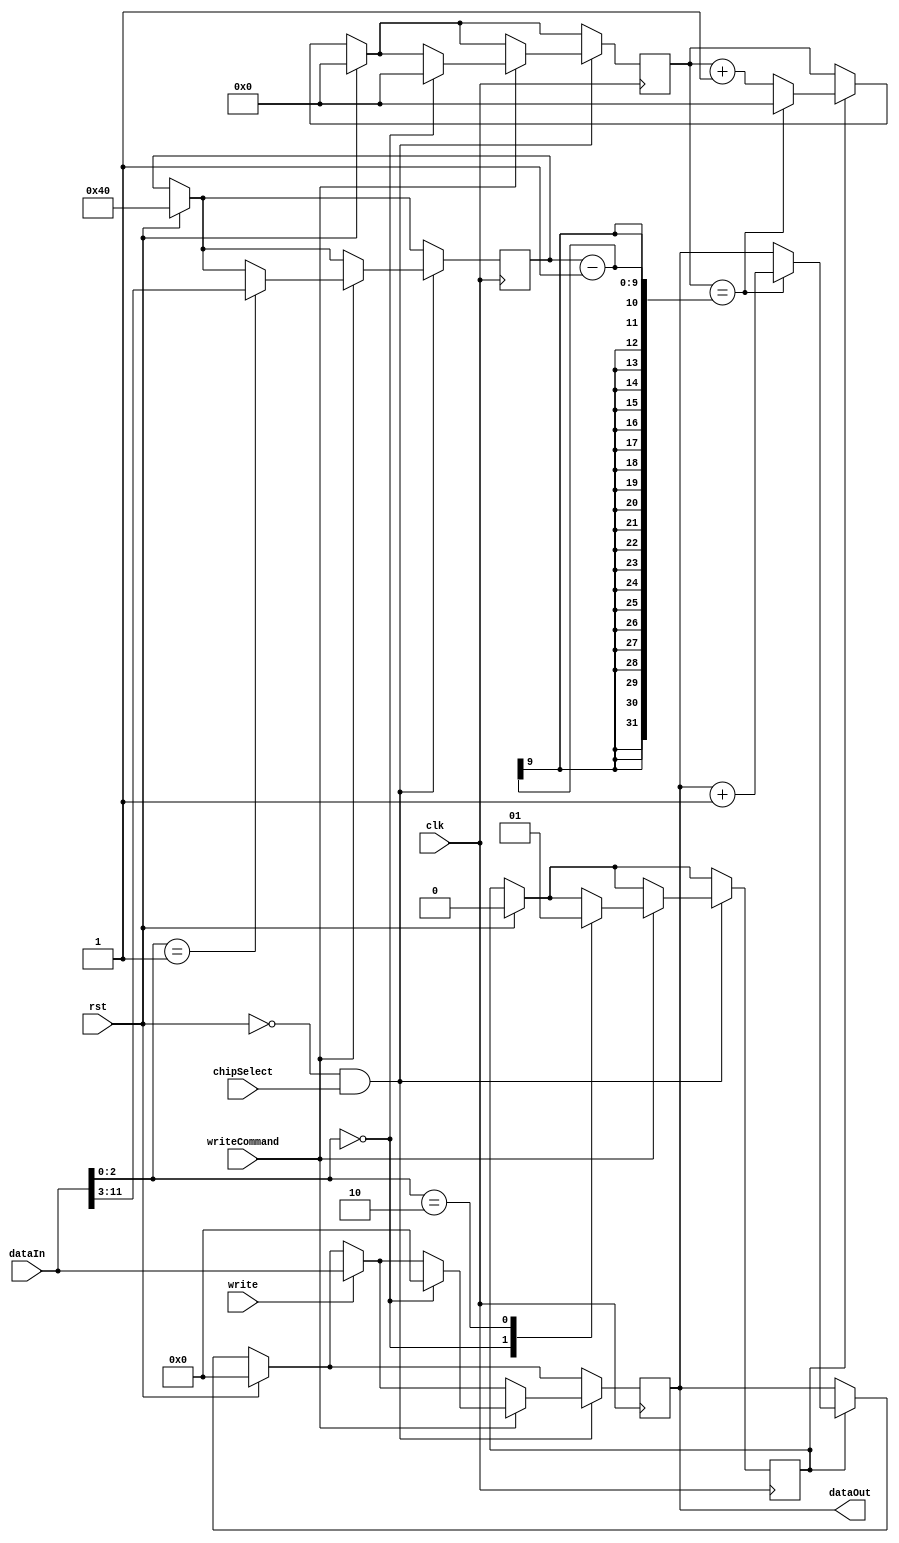
// This program was cloned from: https://github.com/racerxdl/riskow
// License: Apache License 2.0

module Timer (
  input                 clk,
  input                 rst,
  input                 chipSelect,
  input                 write,
  input                 writeCommand,
  input         [31:0]  dataIn,
  output        [31:0]  dataOut
);

reg timerRunning;

reg   [8:0]   divideBy;
reg   [8:0]   divider;
reg   [31:0]  counter;

wire  [2:0]   cmd;
wire  [29:0]  cmd_arg;

always @(posedge clk)
begin
  if (rst)
  begin
    divider       <= 0;
    counter       <= 0;
    divideBy      <= 64;
    timerRunning  <= 0;
  end
  else if (timerRunning)
  begin
    divider <= divider + 1;
    if (divider == divideBy -1)
    begin
      divider <= 0;
      counter <= counter + 1;
    end
  end

  if (~rst && chipSelect)
  begin
    if (write)
      counter <= dataIn;
    if (writeCommand)
    begin
      // data[2:0]  == CMD
      // data[31:3] == DATA
      case (cmd)
        0: // Reset
        begin
          divider       <= 0;
          counter       <= 0;
          timerRunning  <= 0;
        end
        1: // Set Divide By
        begin
          divideBy <= cmd_arg[8:0];
        end
        2: // Start Timer
        begin
          timerRunning <= 1;
        end
      endcase
    end
  end
end

assign dataOut  = counter;
assign cmd      = dataIn[2:0];
assign cmd_arg  = dataIn[31:3];

endmodule